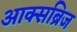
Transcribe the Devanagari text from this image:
आक्सब्रिज